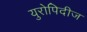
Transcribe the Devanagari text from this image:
युरोपिदीज